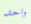
واحد